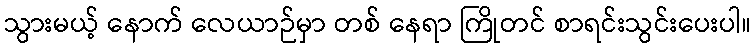
သွားမယ့် နောက် လေယာဉ်မှာ တစ် နေရာ ကြိုတင် စာရင်းသွင်းပေးပါ။